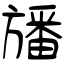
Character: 旙